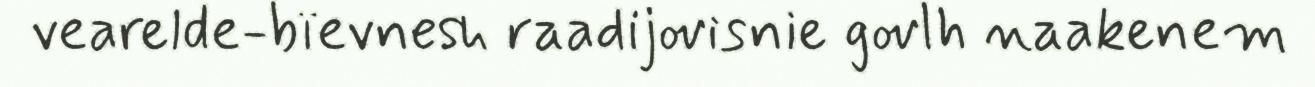
vearelde-bïevnesh raadijovisnie govlh naakenem